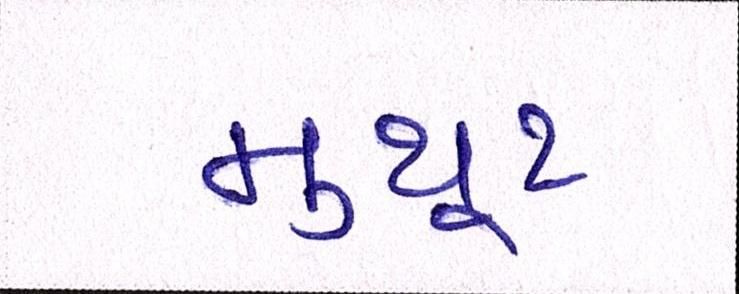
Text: મુથૂટ